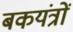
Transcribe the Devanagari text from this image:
बकयंत्रों